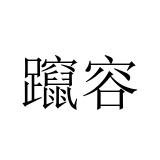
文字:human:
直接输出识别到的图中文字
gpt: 躥容